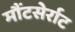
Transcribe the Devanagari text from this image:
मौंटसेर्राट